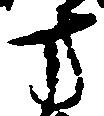
方